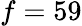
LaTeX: f=59